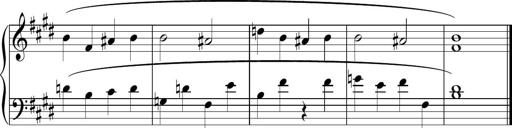
Title: Sonatina n.3
Composer: Tatiana Stankovych
Key: E major